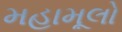
મહામૂલો